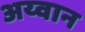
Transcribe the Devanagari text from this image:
अय्वान